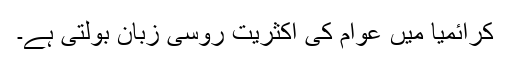
کرائمیا میں عوام کی اکثریت روسی زبان بولتی ہے۔